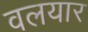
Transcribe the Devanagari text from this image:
वलयार